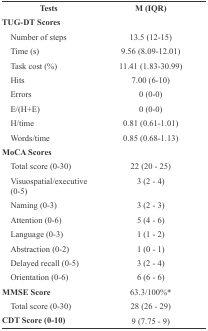
<table><thead><tr><td><b>Tests</b></td><td><b>M (IQR)</b></td></tr></thead><tbody><tr><td> TUG-DT Scores</td><td></td></tr><tr><td> Number of steps</td><td> 13.5 (12-15)</td></tr><tr><td> Time (s)</td><td> 9.56 (8.09-12.01)</td></tr><tr><td> Task cost (%)</td><td> 11.41 (1.83-30.99)</td></tr><tr><td> Hits</td><td> 7.00 (6-10)</td></tr><tr><td> Errors</td><td> 0 (0-0)</td></tr><tr><td> E/(H+E)</td><td> 0 (0-0)</td></tr><tr><td> H/time</td><td> 0.81 (0.61-1.01)</td></tr><tr><td> Words/time</td><td> 0.85 (0.68-1.13)</td></tr><tr><td> MoCA Scores</td><td></td></tr><tr><td> Total score (0-30)</td><td> 22 (20 - 25)</td></tr><tr><td> Visuospatial/executive (0-5)</td><td> 3 (2 - 4)</td></tr><tr><td> Naming (0-3)</td><td> 3 (2 - 3)</td></tr><tr><td> Attention (0-6)</td><td> 5 (4 - 6)</td></tr><tr><td> Language (0-3)</td><td> 1 (1 - 2)</td></tr><tr><td> Abstraction (0-2)</td><td> 1 (0 - 1)</td></tr><tr><td> Delayed recall (0-5)</td><td> 3 (2 - 4)</td></tr><tr><td> Orientation (0-6)</td><td> 6 (6 - 6)</td></tr><tr><td> MMSE Score</td><td> 63.3/100%<sup>*</sup></td></tr><tr><td> Total score (0-30)</td><td> 28 (26 - 29)</td></tr><tr><td> CDT Score (0-10)</td><td> 9 (7.75 - 9)</td></tr></tbody></table>